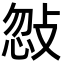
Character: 𢽨